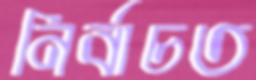
নির্বাচত